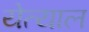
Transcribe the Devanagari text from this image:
येत्याल